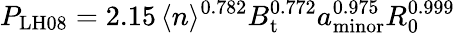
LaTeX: P_{\mathrm{LH08}}=2.15\, \langle n\rangle^{0.782}B_{\mathrm{t}}^{0.772}a_{\mathrm{minor}}^{0.975}R_{\mathrm{0}}^{0.999}